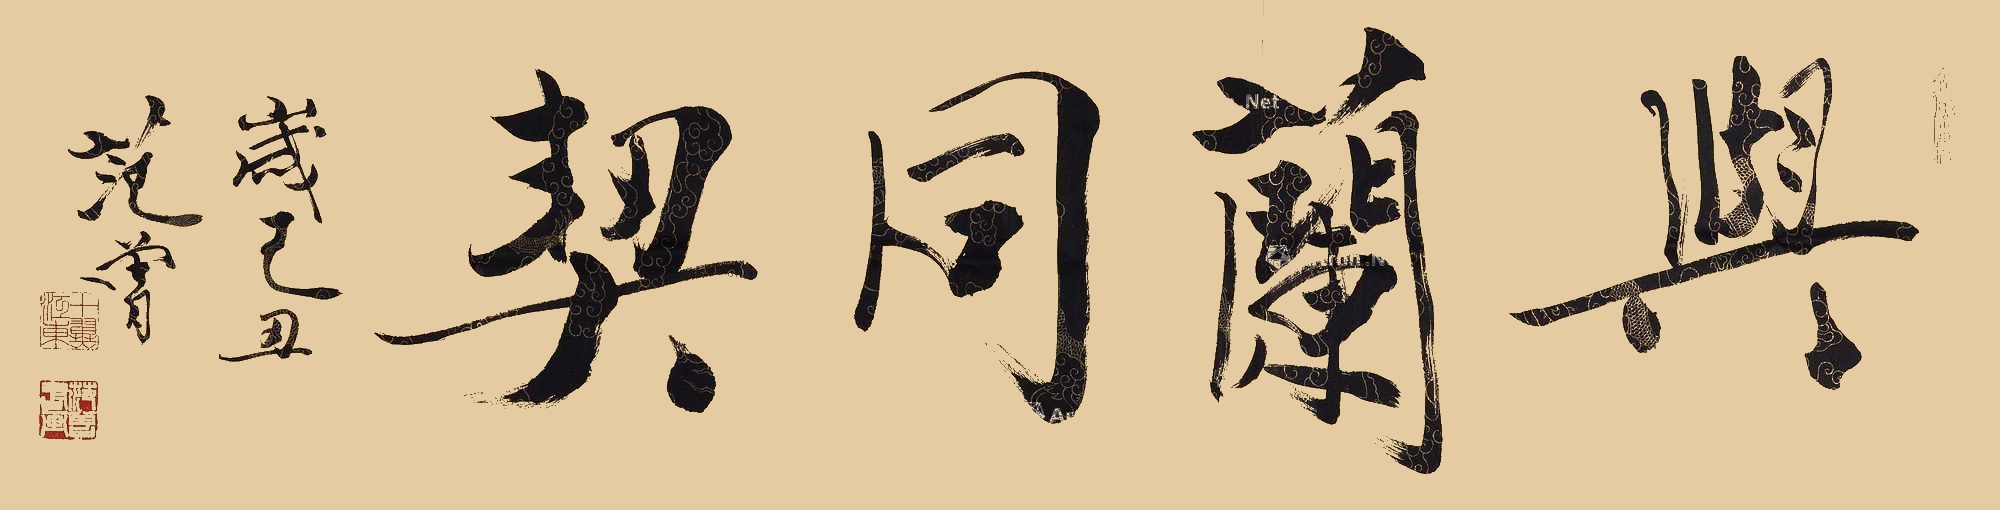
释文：与兰同契。岁己丑，范曾。